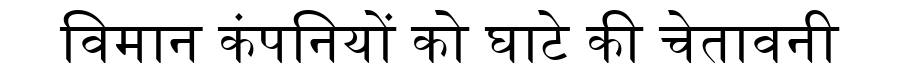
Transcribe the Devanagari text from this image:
विमान कंपनियों को घाटे की चेतावनी